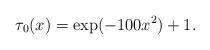
LaTeX: \begin{align*}\tau_{0}(x)=\exp(-100x^{2})+1.\end{align*}